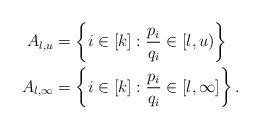
\begin{align*}A_{l,u} &= \left\{ i \in [k]: \frac{p_i}{q_i} \in [l,u) \right\} \,\, \,\,\\ A_{l,\infty} &= \left\{ i \in [k]: \frac{p_i}{q_i} \in [l,\infty] \right\}.\end{align*}